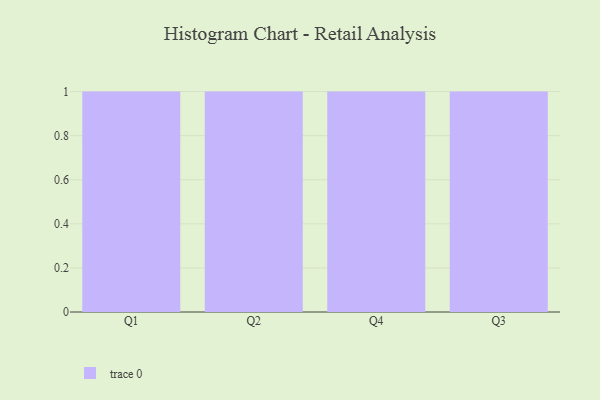
{"axis": {"x": "Quarter", "y": "Energy Usage (MWh)"}, "legend": [""], "data": [{"x": "Q1", "y": 34, "type": ""}, {"x": "Q2", "y": 39, "type": ""}, {"x": "Q4", "y": 83, "type": ""}, {"x": "Q3", "y": 25, "type": ""}]}